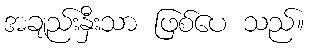
အချည်းနှီးသာ ဖြစ်ပေ သည်။